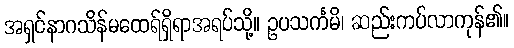
အရှင်နာဂသိန်မထေရ်ရှိရာအရပ်သို့။ ဥပသင်္ကမိ၊ ဆည်းကပ်လာကုန်၏။